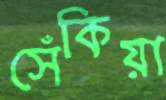
সেঁকিয়া